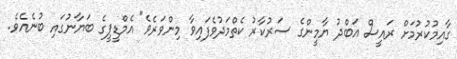
ގާއިމުކުރުމަށް ރައީސް އަބްދު ޔާމީންގެ ސަރުކާރު ކެތްމަދުވެފައިވާ މިންވަރެވެ" އެމްޑީޕީގެ ބަޔާނުގައި ބުނެއެވެ.